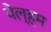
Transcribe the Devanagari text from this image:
पेल्हम